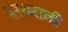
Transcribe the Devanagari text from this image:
थरथराती